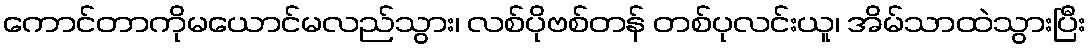
ကောင်တာကိုမယောင်မလည်သွား၊ လစ်ပိုဗစ်တန် တစ်ပုလင်းယူ၊ အိမ်သာထဲသွားပြီး